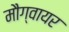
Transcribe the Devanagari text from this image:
मौग्वायर